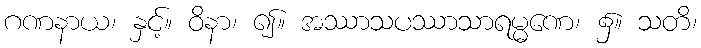
ဂဏနာယ၊ နှင့်။ ဝိနာ၊ ၍။ အဿာသပဿာသာရမ္မဏေ၊ ၌။ သတိ၊